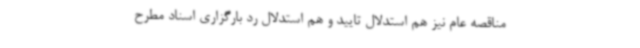
مناقصه عام نیز هم استدلال تایید و هم استدلال رد بارگزاری اسناد مطرح